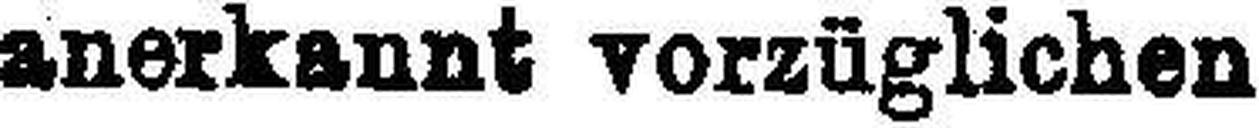
anerkannt vorzüglichen